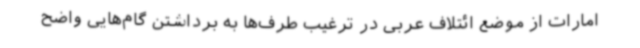
امارات از موضع ائتلاف عربی در ترغیب طرف‌ها به برداشتن گام‌هایی واضح